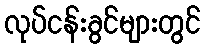
လုပ်ငန်းခွင်များတွင်